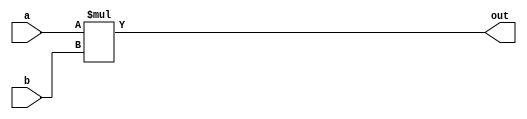
module multiplier(
	input [3:0] a,b,
	output [7:0] out);
	
	assign out = a*b;
	
endmodule